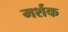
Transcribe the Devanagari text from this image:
मर्शक